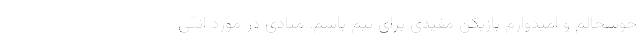
خوشحالم و امیدوارم بازیکن مفیدی برای تیم باشم. منادی در مورد انگی